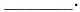
___.